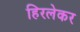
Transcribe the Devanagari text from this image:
हिरलेकर